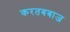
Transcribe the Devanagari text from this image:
करतबबाज